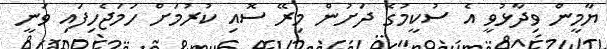
ޔާމީން ވިދާޅުވީ އެ ސުކީމުގެ ދަށުން މިރޭ ސޮއި ކުރުމަށް ހަމަޖެހިފައި ވަނީ